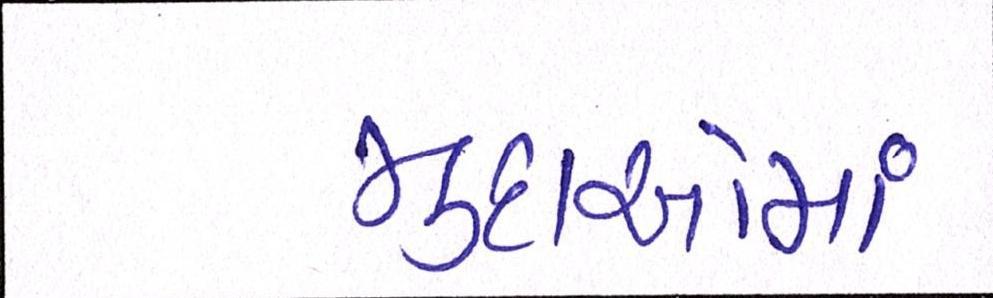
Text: મુદાઓમાં